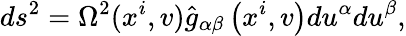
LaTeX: ds^{2}=\Omega^{2}(x^{i},v)\hat{{g}}_{\alpha\beta}\left(x^{i},v\right)du^{\alpha}du^{\beta},